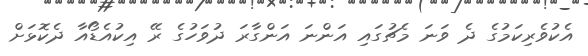
އެކުވެރިކަމުގެ ދެ ވަނަ މެޗުގައި އަންނަ އަންގާރަ ދުވަހުގެ ރޭ އިކުއެޑޯއާ ދެކޮޅަށް